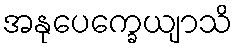
အနုပေက္ခေယျာသိ